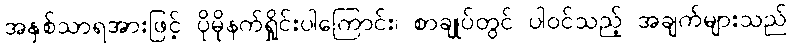
အနှစ်သာရအားဖြင့် ပိုမိုနက်ရှိုင်းပါကြောင်း၊ စာချုပ်တွင် ပါဝင်သည့် အချက်များသည်